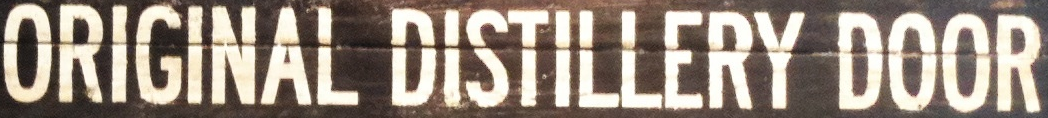
ORIGINAL DISTILLERY DOOR